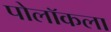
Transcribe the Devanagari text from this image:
पोलॉकला